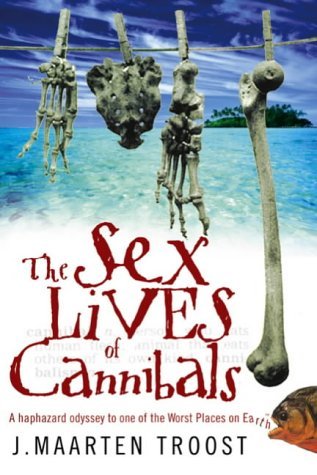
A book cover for The Sex Lives of Cannibals; J. Maarten Troost; Travel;